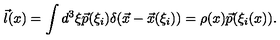
\vec { l } ( x ) = \int d ^ { 3 } \xi \vec { p } ( \xi _ { i } ) \delta ( \vec { x } - \vec { x } ( \xi _ { i } ) ) = \rho ( x ) \vec { p } ( \xi _ { i } ( x ) ) .